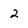
Character: 2